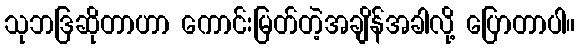
သုဘဒြဆိုတာဟာ ကောင်းမြတ်တဲ့အချိန်အခါလို့ ပြောတာပါ။